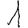
Digit: 1